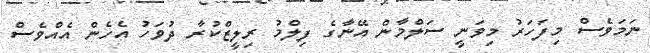
ނަމަވެސް މިފަހަރު މިވަނީ ސަލްމާން އޭނާގެ ފިލްމު ރިލީޒްކުރާ ދުވަހު އެހެން އެއްވެސް